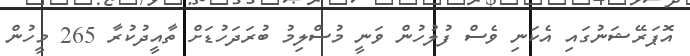
އޮޕަރޭޝަނުގައި އެކަނި ވެސް ފުލުހުން ވަނީ މުސްލިމު ބުރަދަހުޑަށް ތާއީދުކުރާ 265 މީހުން